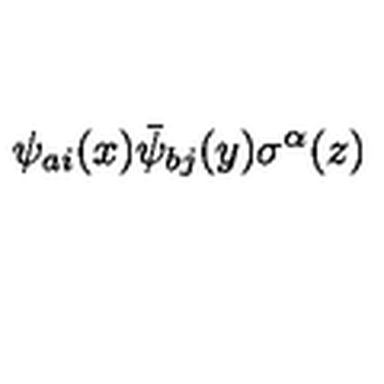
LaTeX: \psi _ { a i } ( x ) \bar { \psi } _ { b j } ( y ) \sigma ^ { \alpha } ( z )